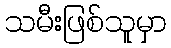
သမီးဖြစ်သူမှာ